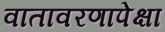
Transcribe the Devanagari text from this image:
वातावरणापेक्षा